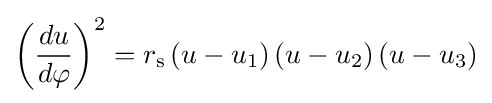
\left({\frac {du}{d\varphi }}\right)^{2}=r_{\text{s}}\left(u-u_{1}\right)\left(u-u_{2}\right)\left(u-u_{3}\right)